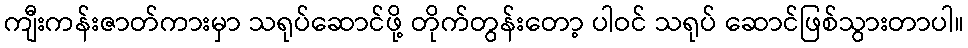
ကျီးကန်းဇာတ်ကားမှာ သရုပ်ဆောင်ဖို့ တိုက်တွန်းတော့ ပါဝင် သရုပ် ဆောင်ဖြစ်သွားတာပါ။